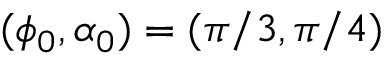
( \phi _ { 0 } , \alpha _ { 0 } ) = ( \pi / 3 , \pi / 4 )